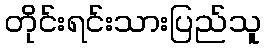
တိုင်းရင်းသားပြည်သူ